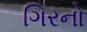
ગિરનો